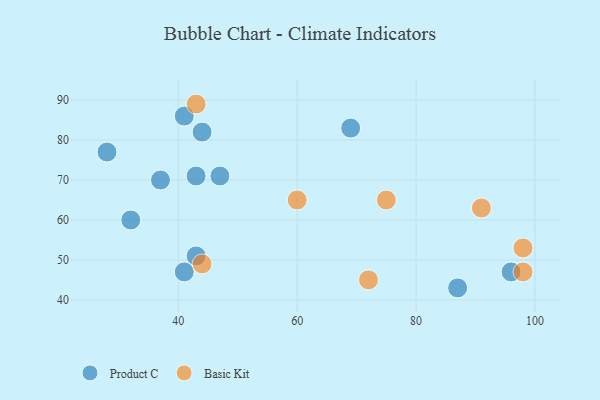
{"axis": {"x": "GDP", "y": "Life Expectancy"}, "legend": ["Basic Kit", "Product C"], "data": [{"x": "44", "y": 82, "type": "Product C"}, {"x": "69", "y": 83, "type": "Product C"}, {"x": "43", "y": 71, "type": "Product C"}, {"x": "87", "y": 43, "type": "Product C"}, {"x": "96", "y": 47, "type": "Product C"}, {"x": "47", "y": 71, "type": "Product C"}, {"x": "32", "y": 60, "type": "Product C"}, {"x": "41", "y": 86, "type": "Product C"}, {"x": "37", "y": 70, "type": "Product C"}, {"x": "43", "y": 51, "type": "Product C"}, {"x": "28", "y": 77, "type": "Product C"}, {"x": "41", "y": 47, "type": "Product C"}, {"x": "43", "y": 89, "type": "Basic Kit"}, {"x": "98", "y": 53, "type": "Basic Kit"}, {"x": "44", "y": 49, "type": "Basic Kit"}, {"x": "72", "y": 45, "type": "Basic Kit"}, {"x": "98", "y": 47, "type": "Basic Kit"}, {"x": "75", "y": 65, "type": "Basic Kit"}, {"x": "60", "y": 65, "type": "Basic Kit"}, {"x": "91", "y": 63, "type": "Basic Kit"}]}